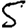
Digit: 5